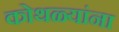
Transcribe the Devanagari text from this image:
कोथळ्यांना